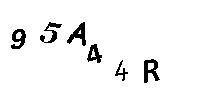
95A44R